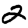
Digit: 2